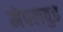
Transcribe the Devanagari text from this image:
मेपलवुड